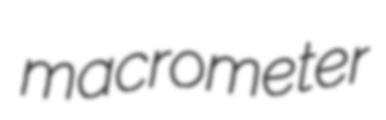
macrometer